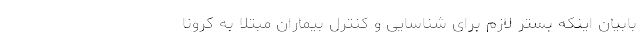
بابیان اینکه بستر لازم برای شناسایی و کنترل بیماران مبتلا به کرونا